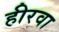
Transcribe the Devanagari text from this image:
हीरवा